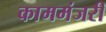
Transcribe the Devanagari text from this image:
काममंजरी